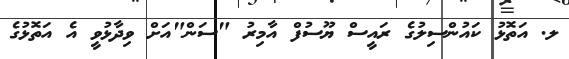
ލ. އަތޮޅު ކައުންސިލުގެ ރައީސް ޔޫސުފް އާމިރު "ސަން"އަށް ވިދާޅުވީ އެ އަތޮޅުގެ